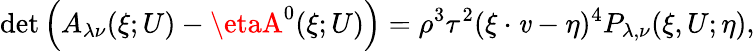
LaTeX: \operatorname*{det}\left(A_{\lambda\nu}(\xi;U)-\etaA^{0}(\xi;U)\right)=\rho^{3}\tau^{2}(\xi\cdot\mathit{v}-\eta)^{4}P_{\lambda,\nu}(\xi,U;\eta),